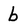
Character: b